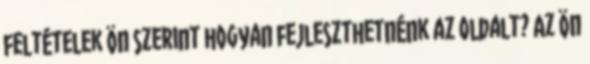
feltételek Ön szerint hogyan fejleszthetnénk az oldalt? Az Ön